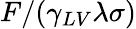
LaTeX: F/(\gamma_{LV}\lambda\sigma)